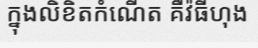
ក្នុងលិខិតកំណើត គឺវ៉ធីហុង